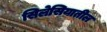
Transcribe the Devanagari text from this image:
सिलेसियातील